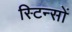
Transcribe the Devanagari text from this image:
स्टिन्सों